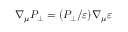
\nabla _ { \mu } P _ { \perp } = ( P _ { \perp } / \varepsilon ) \nabla _ { \mu } \varepsilon